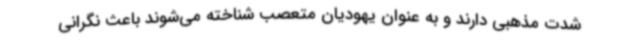
شدت مذهبی دارند و به عنوان یهودیان متعصب شناخته می‌شوند باعث نگرانی